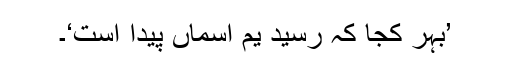
’بہر کجا کہ رسید یم آسماں پیدا است‘۔